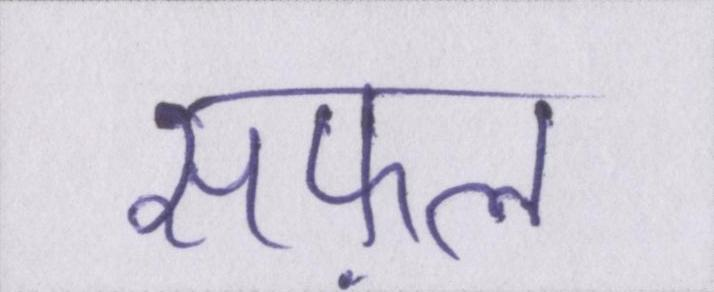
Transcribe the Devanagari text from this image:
सफ़ल